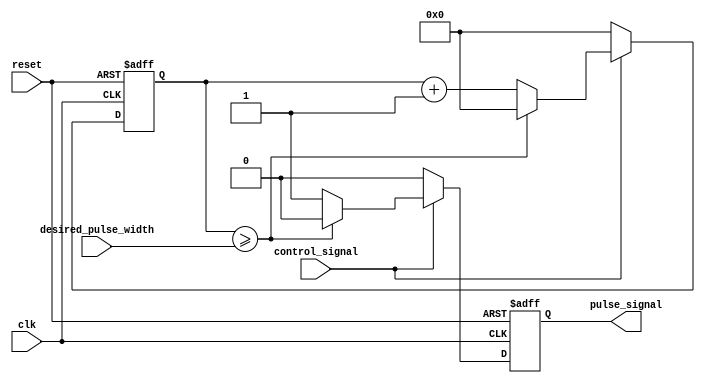
module VariablePulseWidthGenerator(
    input wire control_signal,
    input wire [7:0] desired_pulse_width,
    input wire reset,
    input wire clk,
    output reg pulse_signal
);

reg [7:0] counter;

always @ (posedge clk or posedge reset) begin
    if (reset) begin
        pulse_signal <= 0;
        counter <= 0;
    end else begin
        if (control_signal) begin
            counter <= counter + 1;
            if (counter >= desired_pulse_width) begin
                pulse_signal <= 0;
                counter <= 0;
            end else begin
                pulse_signal <= 1;
            end
        end else begin
            pulse_signal <= 0;
            counter <= 0;
        end
    end
end

endmodule